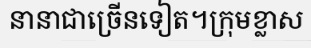
នានាជាច្រើនទៀត។ក្រុមខ្លាស